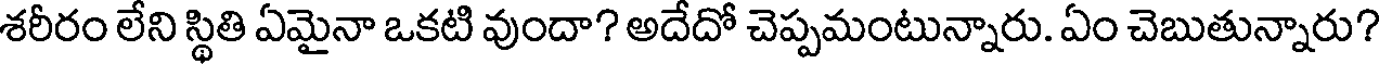
శరీరం లేని స్థితి ఏమైనా ఒకటి వుందా? అదేదో చెప్పమంటున్నారు. ఏం చెబుతున్నారు?